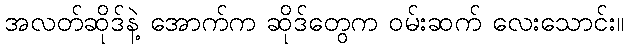
အလတ်ဆိုဒ်နဲ့ အောက်က ဆိုဒ်တွေက ဝမ်းဆက် လေးသောင်း။